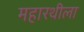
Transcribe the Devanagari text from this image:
महारथीला